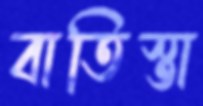
বাতিস্তা